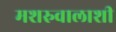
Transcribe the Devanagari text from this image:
मशरुवालाशी